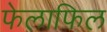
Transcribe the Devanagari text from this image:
फेलाफिल